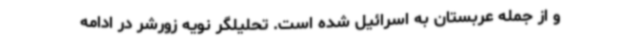
و از جمله عربستان به اسرائیل شده است. تحلیلگر نویه زورشر در ادامه